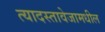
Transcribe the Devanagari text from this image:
त्यादस्तावेजामधील